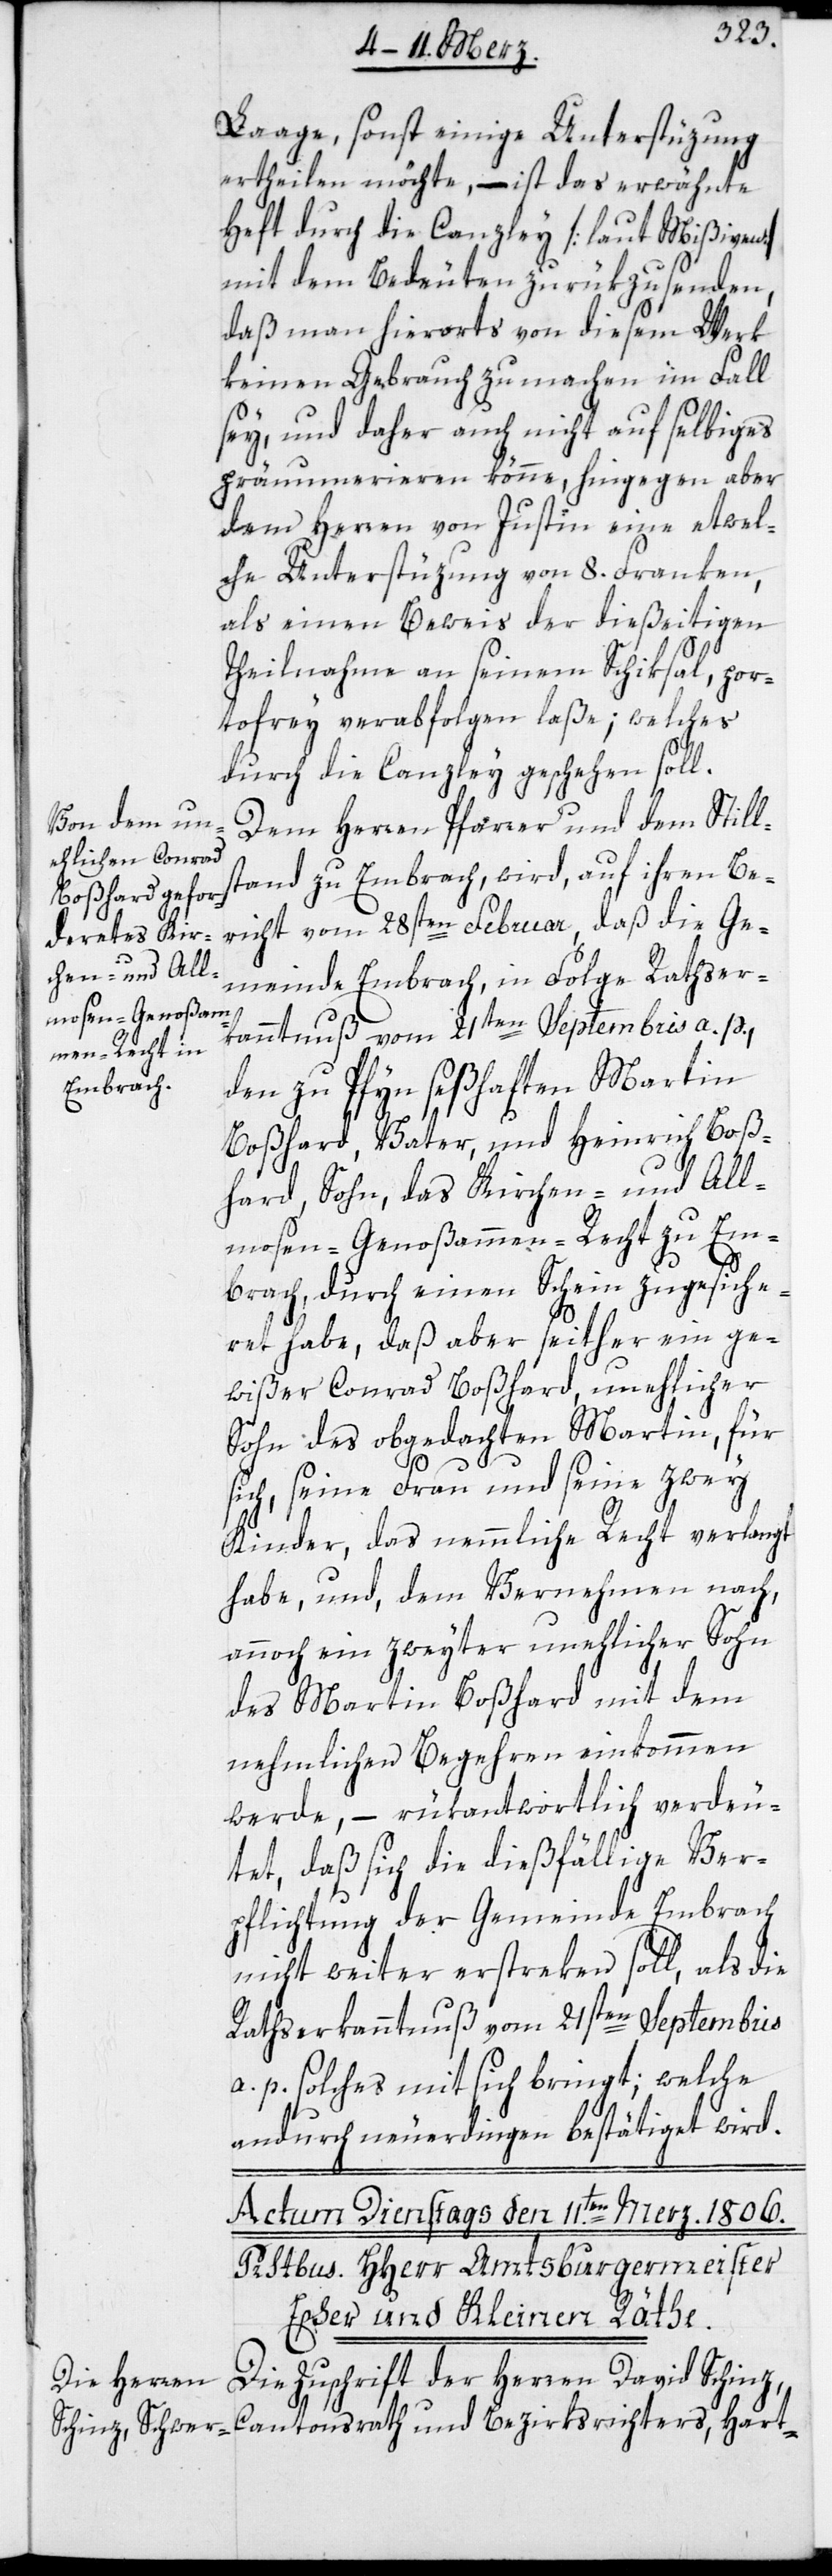
Laage, sonst einige Unterstüzung
ertheilen möchte, – ist das erwähnte
Heft durch die Canzley [laut Mißiven]
mit dem Bedeuten zurükzusenden,
daß man hierorts von diesem Werk
keinen Gebrauch zu machen im Fall
sey, und daher auch nicht auf selbiges
pränumerieren könne, hingegen aber
dem Herren von Justin eine etwel¬
che Unterstüzung von 8. Franken,
als einen Beweis der dießeitigen
Theilnahme an seinem Schiksal, por¬
tofrey verabfolgen laße; welches
durch die Canzley geschehen soll.
Dem Herren Pfarrer und dem Still¬
stand zu Embrach, wird, auf ihren Be¬
richt vom 28sten Februar, daß die Ge¬
meinde Embrach, in Folge Rathser¬
kanntnuß vom 21sten Septembris a. p.,
den zu Pfyn seßhaften Martin
Boßhard Vater, und Heinrich Boß¬
hard, Sohn, das Kirchen- und All¬
mosen-Genoßammen-Recht zu Em¬
brach, durch einen Schein zugesiche¬
ret habe, daß aber seither ein ge¬
wißer Conrad Boßhard, unehlicher
Sohn des obgedachten Martin, für
sich, seine Frau und seine zwey
Kinder, das nemmliche Recht verlangt
habe, und dem Vernehmen nach,
annoch ein zweyter unehlicher Sohn
des Martin Boßhard mit dem
nehmlichen Begehren einkommen
werde, – rükantwortlich verdeu¬
tet, daß sich die dießfällige Ver¬
pflichtung der Gemeinde Embrach
nicht weiter erstreken soll, als die
Rathserkanntnuß vom 21sten Septembris
a. p. solches mit sich bringt; welche
andurch neuerdingen bestätiget wird.
Die Zuschrift der Herren David Schinz,
Cantonsrath und Bezirksrichters; Hart-